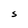
Character: S